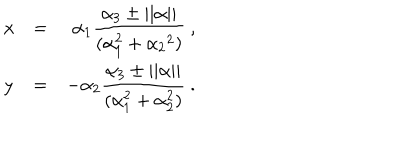
LaTeX: \begin{array} { l c r } { { x } } & { { = } } & { { \alpha _ { 1 } \displaystyle \frac { \alpha _ { 3 } \pm | | \alpha | | } { ( \alpha _ { 1 } ^ { 2 } + \alpha _ { 2 } { } ^ { 2 } ) } \ , } } \\ { { y } } & { { = } } & { { \displaystyle - \alpha _ { 2 } \frac { \alpha _ { 3 } \pm | | \alpha | | } { ( \alpha _ { 1 } ^ { 2 } + \alpha _ { 2 } ^ { 2 } ) } \ . } } \\ \end{array}